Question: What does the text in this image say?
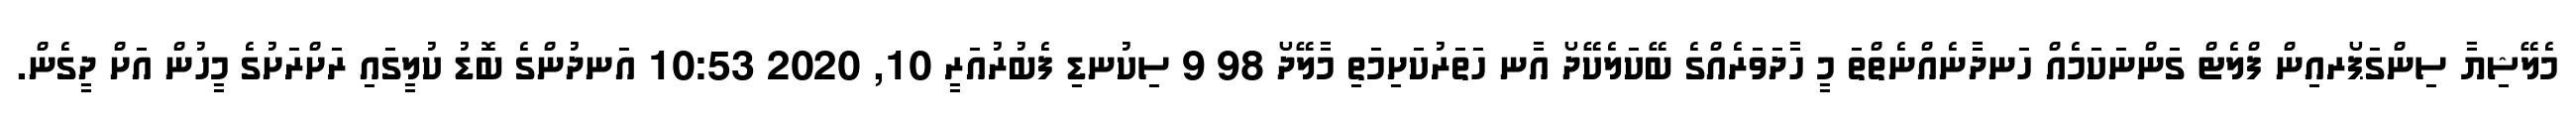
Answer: މެލޭޝިޔާ ސިންގަޕޯރއިން ފްލެޓް ގަންނަކަމެއް ހަނދާނެއްނެތްތަ މީ ހާދަވަރެއްގެ ބޭކަލެކޭދޯ އާނ ހަތަރުކަށިމަތި މާލޭދޯ 98 9 ސިކުނޑި ފެބުރުއަރީ 10, 2020 10:53 އަނދުންގެ ބޮޑު ކުލީގައި ރަށްރަށުގެ މީހުން އަށް ދީގެން.